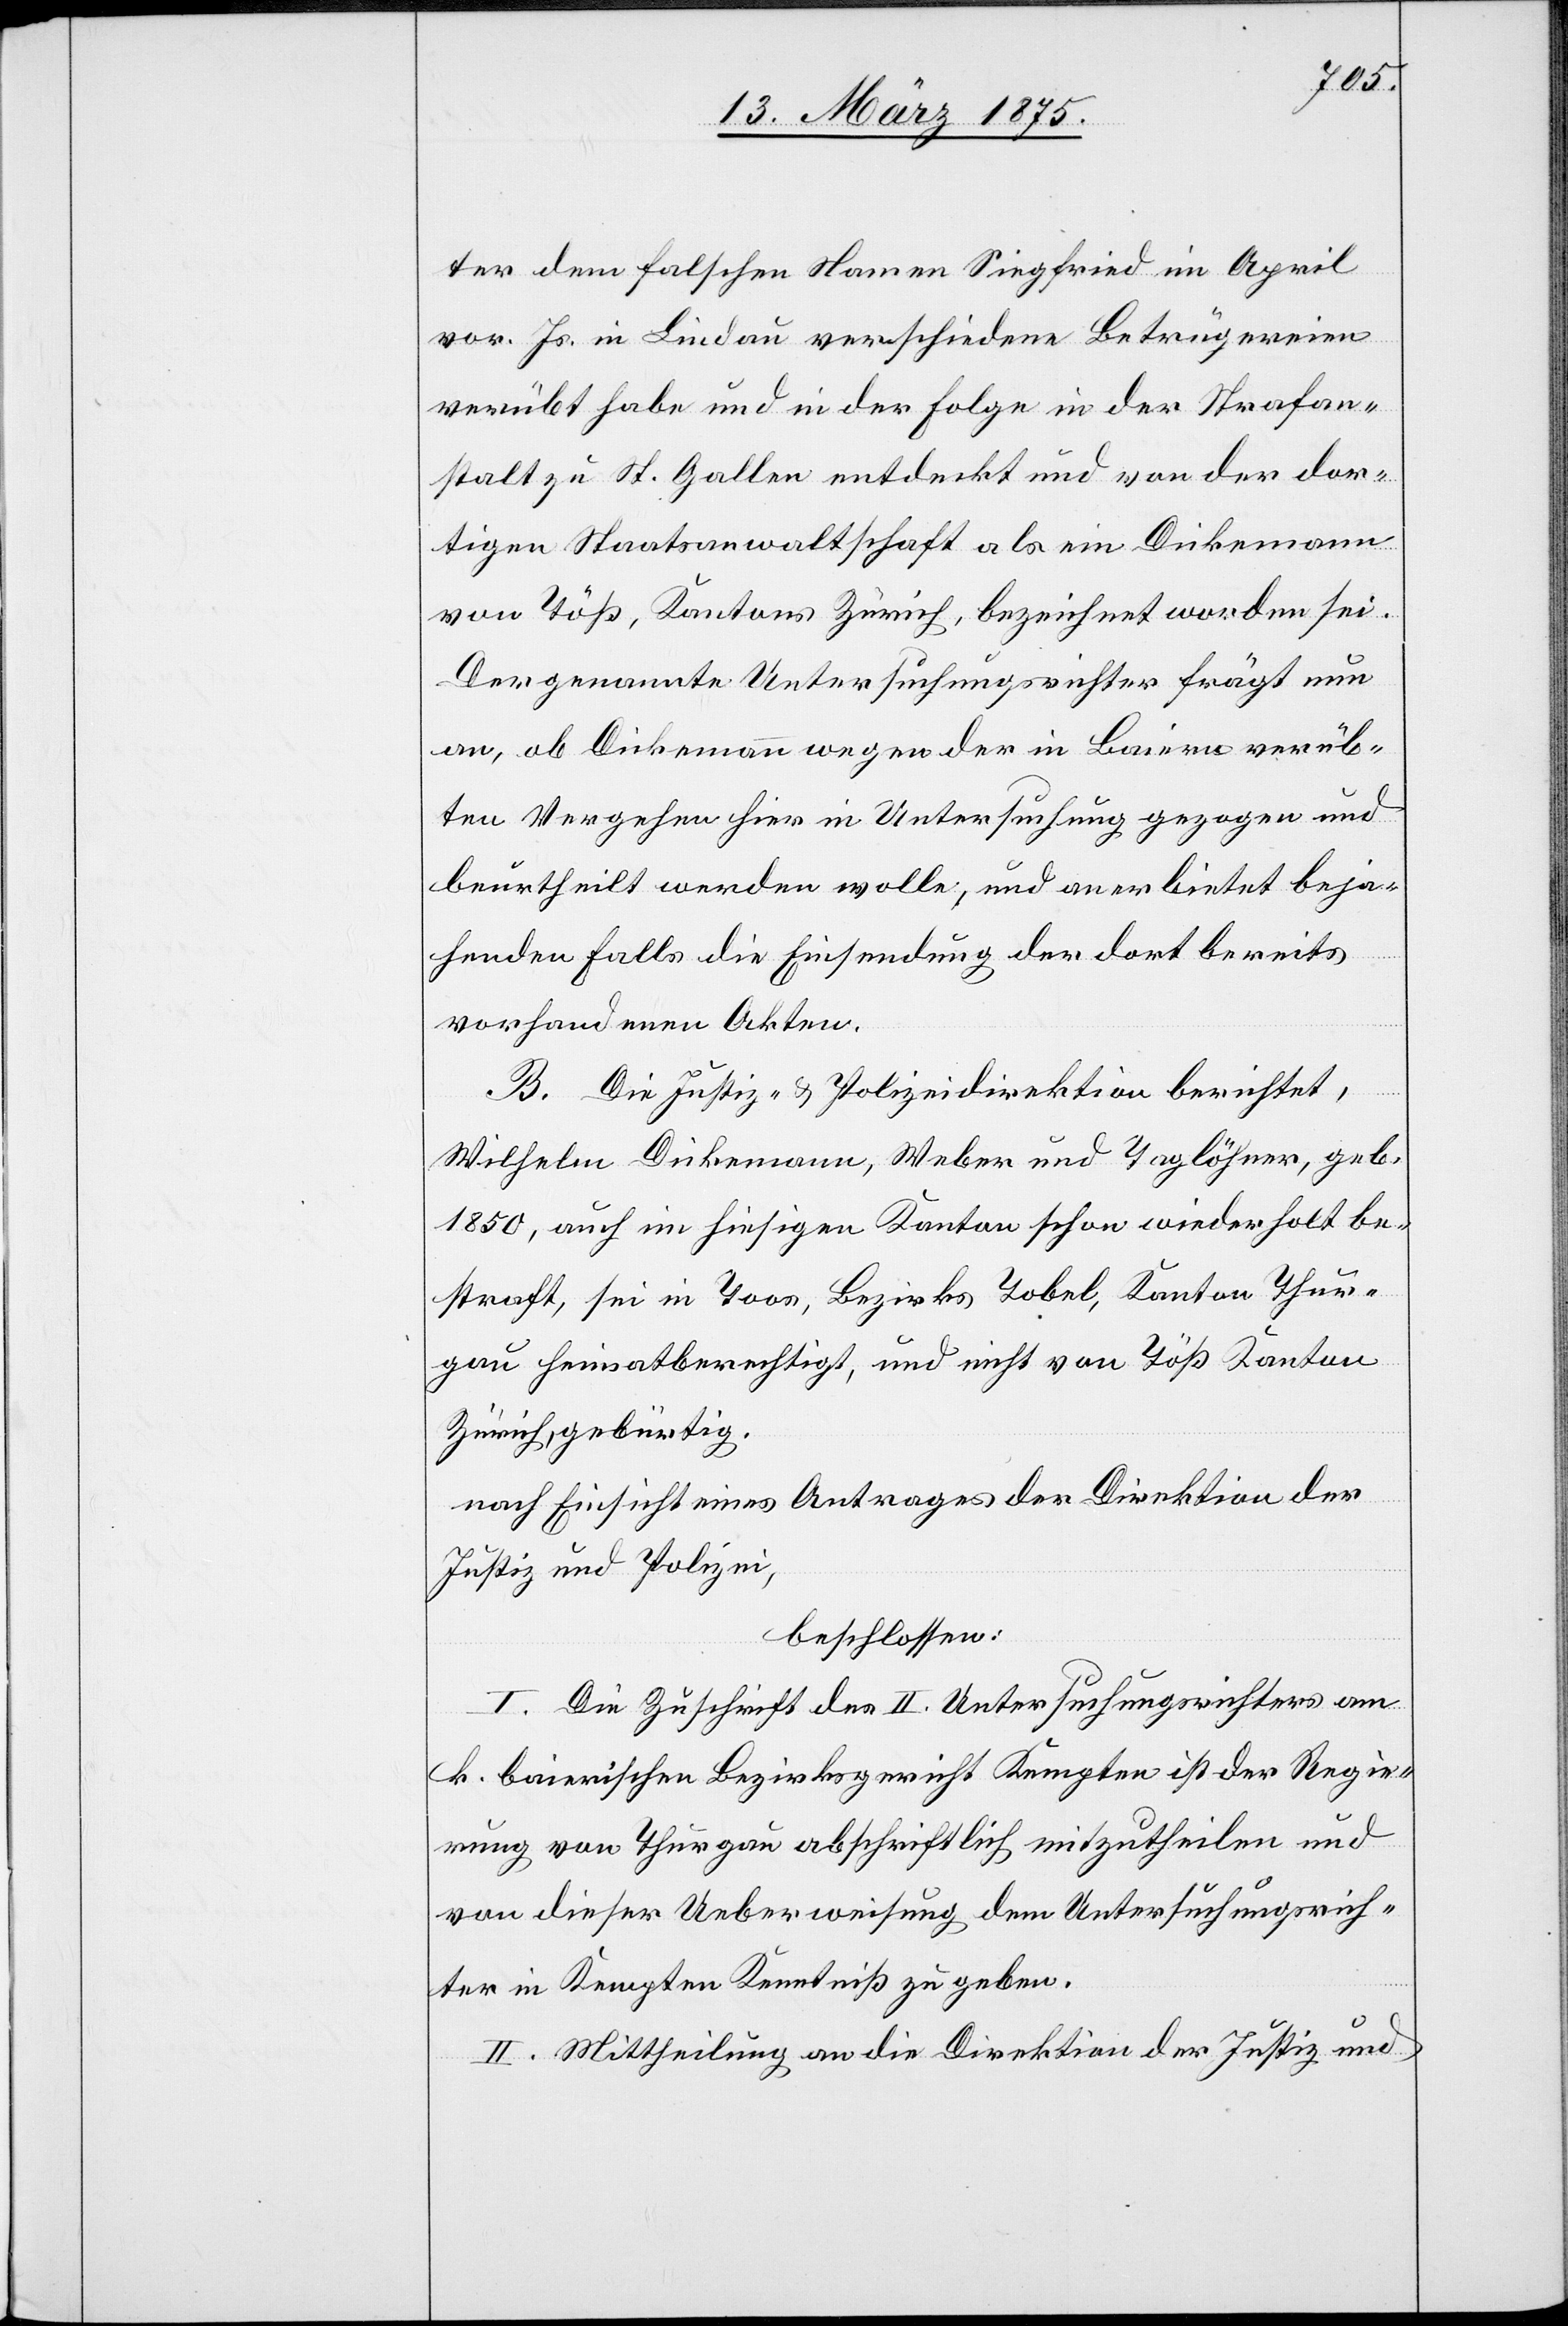
ter dem falschen Namen Siegfried im April
vor. Js. in Lindau verschiedene Betrügereien
verübt habe und in der Folge in der Strafan¬
stalt zu St. Gallen entdeckt und von der dor¬
tigen Staatsanwaltschaft als ein Dickemann
von Töß, Kanton Zürich, bezeichnet worden sei.
Der genannte Untersuchungsrichter frägt nun
an, ob Dickemann wegen der in Baiern verüb¬
ten Vergehen hier in Untersuchung gezogen und
beurtheilt werden wolle, und anerbietet beja¬
henden Falls die Einsendung der dort bereits
vorhandenen Akten.
B. Die Justiz- & Polizeidirektion berichtet,
Wilhelm Dickemann, Weber und Taglöhner, geb.
1850, auch im hiesigen Kanton schon wiederholt be¬
straft, sei in Toos, Bezirks Tobel, Kanton Thur¬
gau heimatberechtigt, und nicht von Töß Kanton
Zürich, gebürtig.
nach Einsicht eines Antrages der Direktion der
Justiz und Polizei,
beschlossen:
I. Die Zuschrift des II. Untersuchungsrichters am
k. baierischen Bezirksgericht Kempten ist der Regie¬
rung von Thurgau abschriftlich mitzutheilen und
von dieser Ueberweisung dem Untersuchungsrich¬
ter in Kempten Kenntniß zu geben.
II. Mittheilung an die Direktion der Justiz und